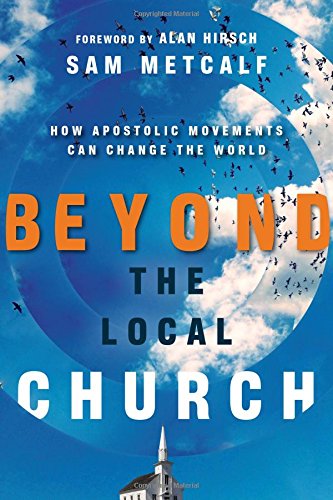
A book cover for Beyond the Local Church: How Apostolic Movements Can Change the World; Sam Metcalf; Business & Money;